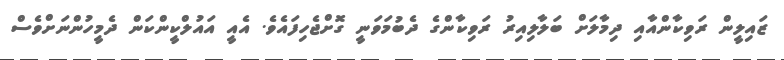
ޒައިލީން ރަވިކާންއާއި ދިމާލަށް ބަލާލިއިރު ރަވިކާންގެ ދެބުމަވަނީ ގޮށްޖެހިފައެވެ. އެއީ އައުލްކީންކަން ދެމީހުންނަށްވެސް